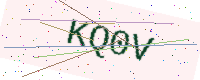
Text: KQ0V